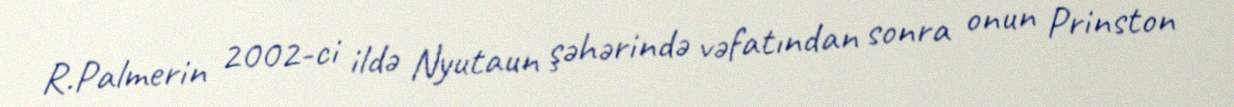
R.Palmerin 2002-ci ildə Nyutaun şəhərində vəfatından sonra onun Prinston